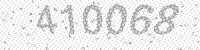
Solution: 410068